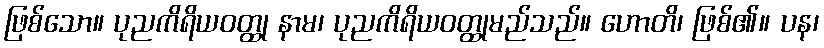
ဖြစ်သော။ ပုညကိရိယဝတ္ထု နာမ၊ ပုညကိရိယဝတ္ထုမည်သည်။ ဟောတိ၊ ဖြစ်၏။ ပန၊